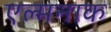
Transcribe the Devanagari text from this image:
एल्मनाक